Annual report of the Imperial Bacteriologist
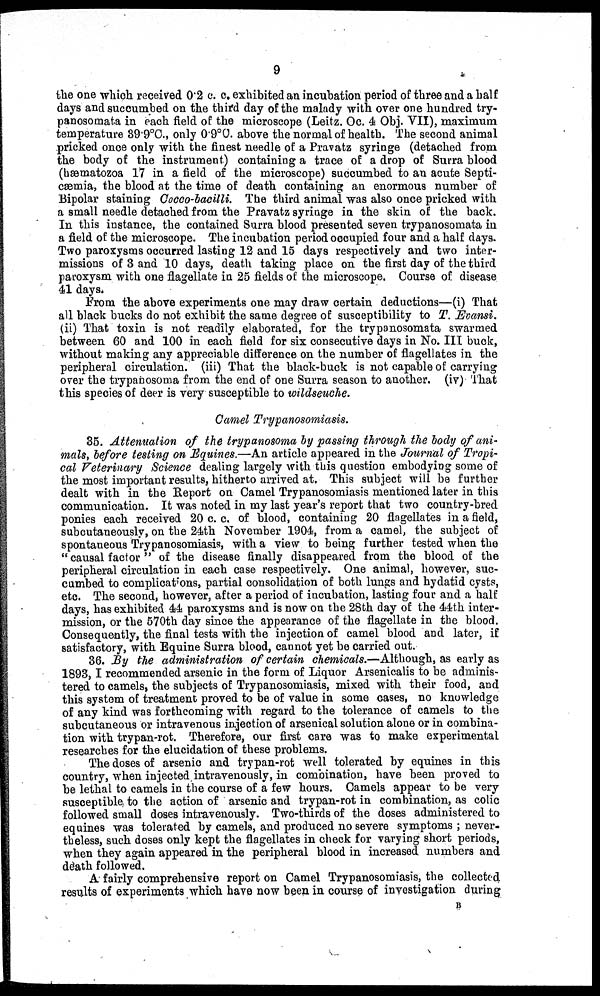
9
the one which received 0.2 c. c. exhibited an incubation period of three and a half
days and succumbed on the third day of the malady with over one hundred try-
panosomata in each field of the microscope (Leitz. Oc. 4 Obj. VII), maximum
temperature 39.9°C., only 0.9°C. above the normal of health. The second animal
pricked once only with the finest needle of a Pravatz syringe (detached from
the body of the instrument) containing a trace of a drop of Surra blood
(hæmatozoa 17 in a field of the microscope) succumbed to an acute Septi-
cæmia, the blood at the time of death containing an enormous number of
Bipolar staining Cocco-bacilli. The third animal was also once pricked with
a small needle detached from the Pravatz syringe in the skin of the back.
In this instance, the contained Surra blood presented seven trypanosomata in
a field of the microscope. The incubation period occupied four and a half days.
Two paroxysms occurred lasting 12 and 15 days respectively and two inter-
missions of 3 and 10 days, death taking place on the first day of the third
paroxysm with one flagellate in 25 fields of the microscope. Course of disease
41 days.
From the above experiments one may draw certain deductions—(i) That
all black bucks do not exhibit the same degree of susceptibility to T. Evansi.
(ii) That toxin is not readily elaborated, for the trypanosomata swarmed
between 60 and 100 in each field for six consecutive days in No. III buck,
without making any appreciable difference on the number of flagellates in the
peripheral circulation. (iii) That the black-buck is not capable of carrying
over the trypanosoma from the end of one Surra season to another. (iv) That
this species of deer is very susceptible to wildseuche.
Camel Trypanosomiasis.
35. Attenuation of the trypanosoma by passing through the body of ani-
mals, before testing on Equines.—An article appeared in the Journal of Tropi-
cal Veterinary Science dealing largely with this question embodying some of
the most important results, hitherto arrived at. This subject will be further
dealt with in the Report on Camel Trypanosomiasis mentioned later in this
communication. It was noted in my last year's report that two country-bred
ponies each received 20 c. c. of blood, containing 20 flagellates in a field,
subcutaneously, on the 24th November 1904, from a camel, the subject of
spontaneous Trypanosomiasis, with a view to being further tested when the
"causal factor " of the disease finally disappeared from the blood of the
peripheral circulation in each case respectively. One animal, however, suc-
cumbed to complications, partial consolidation of both lungs and hydatid cysts,
etc. The second, however, after a period of incubation, lasting four and a half
days, has exhibited 44 paroxysms and is now on the 28th day of the 44th inter-
mission, or the 570th day since the appearance of the flagellate in the blood.
Consequently, the final tests with the injection of camel blood and later, if
satisfactory, with Equine Surra blood, cannot yet be carried out.
36. By the administration of certain chemicals.—Although, as early as
1893,I recommended arsenic in the form of Liquor Arsenicalis to be adminis-
tered to camels, the subjects of Trypanosomiasis, mixed with their food, and
this system of treatment proved to be of value in some cases, no knowledge
of any kind was forthcoming with regard to the tolerance of camels to the
subcutaneous or intravenous injection of arsenical solution alone or in combina-
tion with trypan-rot. Therefore, our first care was to make experimental
researches for the elucidation of these problems.
The doses of arsenic and trypan-rot well tolerated by equines in this
country, when injected intravenously, in combination, have been proved to
be lethal to camels in the course of a few hours. Camels appear to be very
susceptible to the action of arsenic and trypan-rot in combination, as colic
followed small doses intravenously. Two-thirds of the doses administered to
equines was tolerated by camels, and produced no severe symptoms ; never-
theless, such doses only kept the flagellates in check for varying short periods,
when they again appeared in the peripheral blood in increased numbers and
death followed.
A fairly comprehensive report on Camel Trypanosomiasis, the collected
results of experiments which have now been in course of investigation during
B